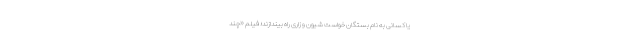
یا کسانی به نام بستگان خواست شیون و زاری راه بیندازند؛ فیلم «چند